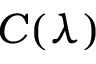
C ( \lambda )